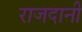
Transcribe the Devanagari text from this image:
राजदानी